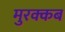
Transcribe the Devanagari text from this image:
मुरक्कब